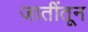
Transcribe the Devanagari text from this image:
जातींतून